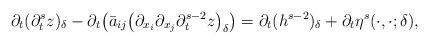
LaTeX: \begin{align*}\partial_{t} (\partial_{t}^{s} z)_{\delta} - \partial_{t} \big(\bar{a}_{ij} \big(\partial_{x_{i}} \partial_{x_{j}} \partial_{t}^{s - 2} z\big)_{\delta}\big)= \partial_{t} (h^{s - 2})_{\delta} + \partial_{t} \eta^{s}(\cdot, \cdot; \delta),\end{align*}